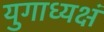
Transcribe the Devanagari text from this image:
युगाध्यक्षं